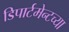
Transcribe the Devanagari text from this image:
डिपार्टमेन्टच्या